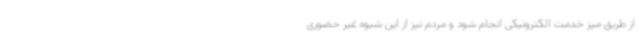
از طریق میز خدمت الکترونیکی انجام شود و مردم نیز از این شیوه غیر حضوری